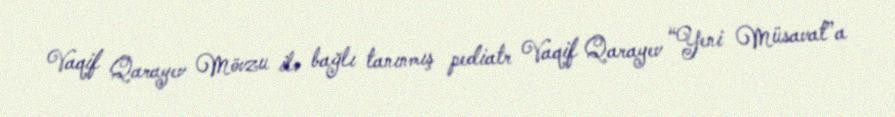
Vaqif Qarayev Mövzu ilə bağlı tanınmış pediatr Vaqif Qarayev “Yeni Müsavat”a